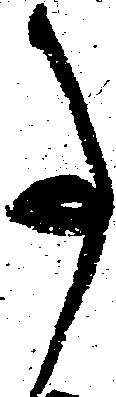
事